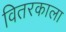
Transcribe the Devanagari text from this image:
वितरकाला